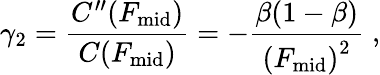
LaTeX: \gamma_{2}={\frac{C^{\prime\prime}(F_{\mathrm{mid}})}{C(F_{\mathrm{mid}})}}=-{\frac{\beta(1-\beta)}{\left(F_{\mathrm{mid}}\right)^{2}}}\; ,